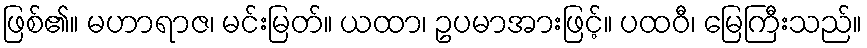
ဖြစ်၏။ မဟာရာဇ၊ မင်းမြတ်။ ယထာ၊ ဥပမာအားဖြင့်။ ပထဝီ၊ မြေကြီးသည်။